Indian journal of veterinary science and animal husbandry - Volume 9,
Year: 1939
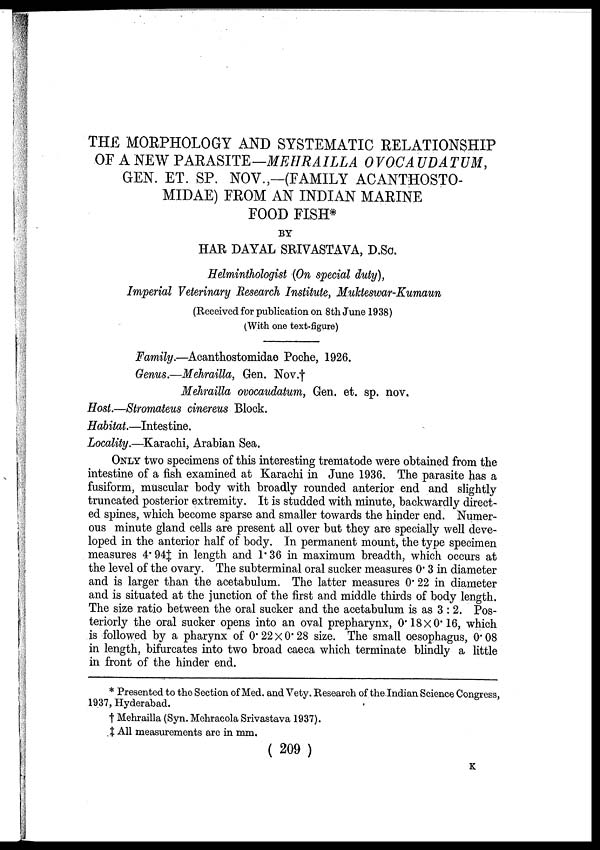
THE MORPHOLOGY AND SYSTEMATIC RELATIONSHIP
OF A NEW PARASITE—MEHRAILLA OVOCAUDATUM,
GEN. ET. SP. NOV.,—(FAMILY ACANTHOSTO¬
MIDAE) FROM AN INDIAN MARINE
FOOD FISH*
BY
HAR DAYAL SRIVASTAVA, D.Sc.
Helminthologist (On special duty),
Imperial Veterinary Research Institute, Mukteswar-Kumaun
(Received for publication on 8th June 1938)
(With one text-figure)
Family.—Acanthostomidae Poche, 1926.
Genus.—Mehrailla, Gen. Nov.†
Mehrailla ovocaudatum, Gen. et. sp. nov.
Host.—Stromateus cinereus Block.
Habitat.—Intestine.
Locality.—Karachi, Arabian Sea.
ONLY two specimens of this interesting trematode were obtained from the
intestine of a fish examined at Karachi in June 1936. The parasite has a
fusiform, muscular body with broadly rounded anterior end and slightly
truncated posterior extremity. It is studded with minute, backwardly direct-
ed spines, which become sparse and smaller towards the hinder end. Numer-
ous minute gland cells are present all over but they are specially well deve-
loped in the anterior half of body. In permanent mount, the type specimen
measures 4.94‡ in length and 1.36 in maximum breadth, which occurs at
the level of the ovary. The subterminal oral sucker measures 0.3 in diameter
and is larger than the acetabulum. The latter measures 0.22 in diameter
and is situated at the junction of the first and middle thirds of body length.
The size ratio between the oral sucker and the acetabulum is as 3 : 2. Pos-
teriorly the oral sucker opens into an oval prepharynx, 0.18 × 0.16, which
is followed by a pharynx of 0.22 × 0.28 size. The small oesophagus, 0.08
in length, bifurcates into two broad caeca which terminate blindly a little
in front of the hinder end.
* Presented to the Section of Med. and Vety. Research of the Indian Science Congress,
1937, Hyderabad.
† Mehrailla (Syn. Mehracola Srivastava 1937).
‡ All measurements are in mm,
( 209 )
K